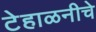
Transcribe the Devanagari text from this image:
टेहाळनीचे